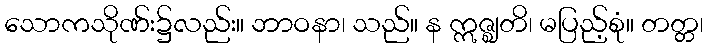
သောကသိုဏ်း၌လည်း။ ဘာဝနာ၊ သည်။ န ဣဇ္ဈတိ၊ မပြည့်စုံ။ တတ္တ၊